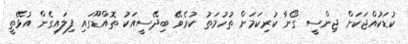
ކުޑަކުއްޖަކަށް ޖިންސީ ގޯނާ ކުރިކަމަށް ތުހުމަތު ކުރެވޭ ބިދޭސީއަކު ތޮއްޑޫގައި ފިލައިގެން އުޅޭތީ